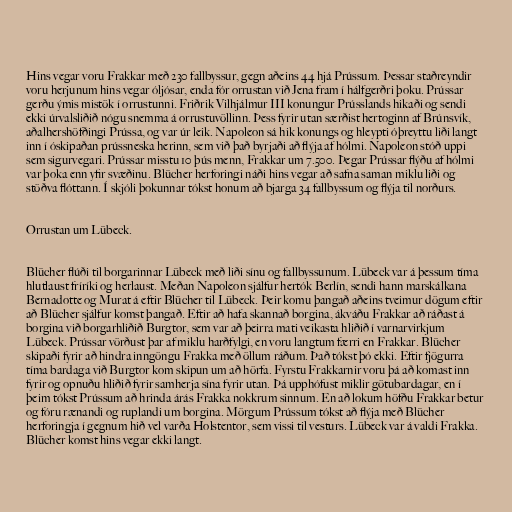
Hins vegar voru Frakkar með 230 fallbyssur, gegn aðeins 44 hjá Prússum. Þessar staðreyndir
voru herjunum hins vegar óljósar, enda fór orrustan við Jena fram í hálfgerðri þoku. Prússar
gerðu ýmis mistök í orrustunni. Friðrik Vilhjálmur III konungur Prússlands hikaði og sendi
ekki úrvalsliðið nógu snemma á orrustuvöllinn. Þess fyrir utan særðist hertoginn af Brúnsvík,
aðalhershöfðingi Prússa, og var úr leik. Napoleon sá hik konungs og hleypti óþreyttu liði langt
inn í óskipaðan prússneska herinn, sem við það byrjaði að flýja af hólmi. Napoleon stóð uppi
sem sigurvegari. Prússar misstu 10 þús menn, Frakkar um 7.500. Þegar Prússar flýðu af hólmi
var þoka enn yfir svæðinu. Blücher herforingi náði hins vegar að safna saman miklu liði og
stöðva flóttann. Í skjóli þokunnar tókst honum að bjarga 34 fallbyssum og flýja til norðurs.

Orrustan um Lübeck.

Blücher flúði til borgarinnar Lübeck með liði sínu og fallbyssunum. Lübeck var á þessum tíma
hlutlaust fríríki og herlaust. Meðan Napoleon sjálfur hertók Berlín, sendi hann marskálkana
Bernadotte og Murat á eftir Blücher til Lübeck. Þeir komu þangað aðeins tveimur dögum eftir
að Blücher sjálfur komst þangað. Eftir að hafa skannað borgina, ákváðu Frakkar að ráðast á
borgina við borgarhliðið Burgtor, sem var að þeirra mati veikasta hliðið í varnarvirkjum
Lübeck. Prússar vörðust þar af miklu harðfylgi, en voru langtum færri en Frakkar. Blücher
skipaði fyrir að hindra inngöngu Frakka með öllum ráðum. Það tókst þó ekki. Eftir fjögurra
tíma bardaga við Burgtor kom skipun um að hörfa. Fyrstu Frakkarnir voru þá að komast inn
fyrir og opnuðu hliðið fyrir samherja sína fyrir utan. Þá upphófust miklir götubardagar, en í
þeim tókst Prússum að hrinda árás Frakka nokkrum sinnum. En að lokum höfðu Frakkar betur
og fóru rænandi og ruplandi um borgina. Mörgum Prússum tókst að flýja með Blücher
herforingja í gegnum hið vel varða Holstentor, sem vissi til vesturs. Lübeck var á valdi Frakka.
Blücher komst hins vegar ekki langt.